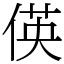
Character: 偀